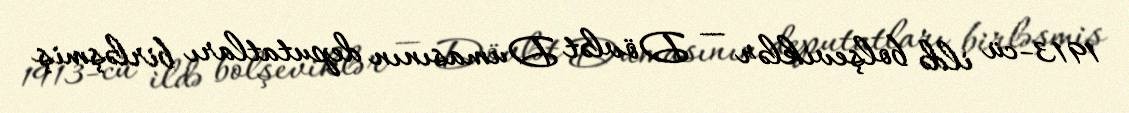
1913-cü ildə bolşeviklər — Dövlət Dumasının deputatları birləşmiş